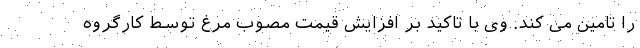
را تامین می کند. وی با تاکید بر افزایش قیمت مصوب مرغ توسط کارگروه